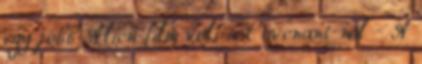
egy jobb Alien film volt a Covenant-nál - A